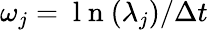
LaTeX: \omega_{j}={\mathrm{~l~n~}(\lambda_{j})}/{\Delta t}